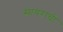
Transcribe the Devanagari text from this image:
सायराची